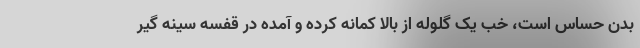
بدن حساس است، خب یک گلوله از بالا کمانه کرده و آمده در قفسه سینه گیر